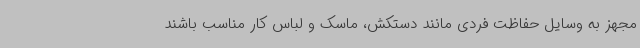
مجهز به وسایل حفاظت فردی مانند دستکش، ماسک و لباس کار مناسب باشند